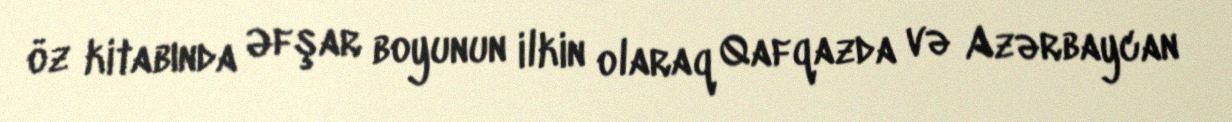
öz kitabında Əfşar boyunun ilkin olaraq Qafqazda və Azərbaycan